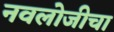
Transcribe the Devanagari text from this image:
नवलोजीचा